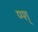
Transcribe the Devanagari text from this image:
ण्श्